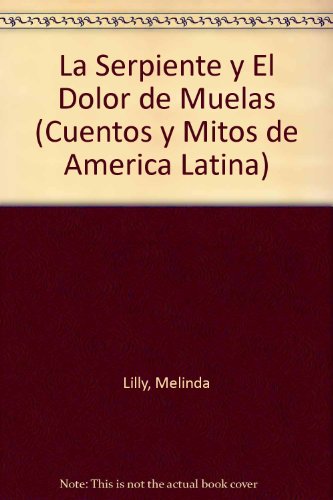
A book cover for La Serpiente Y El Dolor De Muelas (Cuentos Y Mitos De America Latina) (Spanish Edition); Melinda Lilly; Children's Books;